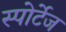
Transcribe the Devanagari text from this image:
स्पोर्टेज